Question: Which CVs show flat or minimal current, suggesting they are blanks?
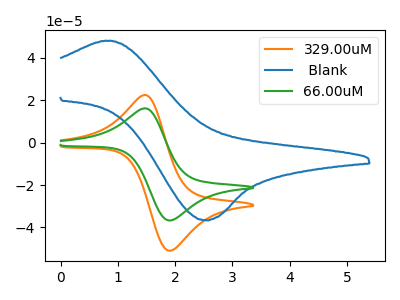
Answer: <think>The orange curve "329.00uM" has an anodic peak at (1.50V, 22.45uA) and a cathodic peak at (1.90V, -51.05uA). The blue curve " Blank" has an anodic peak at (0.90V, 48.15uA) and a cathodic peak at (2.50V, -36.60uA). The green curve "66.00uM" has an anodic peak at (1.50V, 16.15uA) and a cathodic peak at (1.90V, -36.75uA).</think>
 <answer>There are not any CV's on this graph that are likely to be blanks.</answer>
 <eval>none</eval>